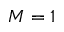
M = 1